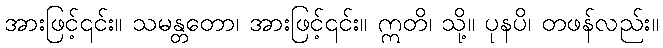
အားဖြင့်၎င်း။ သမန္တတော၊ အားဖြင့်၎င်း။ ဣတိ၊ သို့။ ပုနပိ၊ တဖန်လည်း။